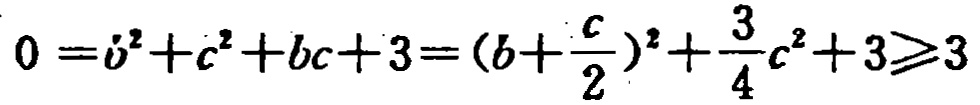
\(0 = b^{2}+c^{2}+bc + 3=(b+\frac{c}{2})^{2}+\frac{3}{4}c^{2}+3\geqslant3\)